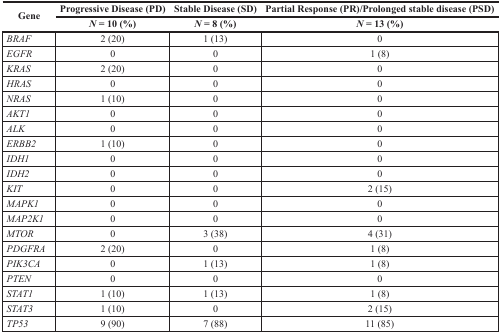
<table><thead><tr><td rowspan="2"><b>Gene</b></td><td><b>Progressive Disease (PD)</b></td><td><b>Stable Disease (SD)</b></td><td><b>Partial Response (PR)/Prolonged stable disease (PSD)</b></td></tr><tr><td><b><i>N</i> = 10 (%)</b></td><td><b><i>N</i> = 8 (%)</b></td><td><b><i>N</i> = 13 (%)</b></td></tr></thead><tbody><tr><td><i>BRAF</i></td><td>2 (20)</td><td>1 (13)</td><td>0</td></tr><tr><td><i>EGFR</i></td><td>0</td><td>0</td><td>1 (8)</td></tr><tr><td><i>KRAS</i></td><td>2 (20)</td><td>0</td><td>0</td></tr><tr><td><i>HRAS</i></td><td>0</td><td>0</td><td>0</td></tr><tr><td><i>NRAS</i></td><td>1 (10)</td><td>0</td><td>0</td></tr><tr><td><i>AKT1</i></td><td>0</td><td>0</td><td>0</td></tr><tr><td><i>ALK</i></td><td>0</td><td>0</td><td>0</td></tr><tr><td><i>ERBB2</i></td><td>1 (10)</td><td>0</td><td>0</td></tr><tr><td><i>IDH1</i></td><td>0</td><td>0</td><td>0</td></tr><tr><td><i>IDH2</i></td><td>0</td><td>0</td><td>0</td></tr><tr><td><i>KIT</i></td><td>0</td><td>0</td><td>2 (15)</td></tr><tr><td><i>MAPK1</i></td><td>0</td><td>0</td><td>0</td></tr><tr><td><i>MAP2K1</i></td><td>0</td><td>0</td><td>0</td></tr><tr><td><i>MTOR</i></td><td>0</td><td>3 (38)</td><td>4 (31)</td></tr><tr><td><i>PDGFRA</i></td><td>2 (20)</td><td>0</td><td>1 (8)</td></tr><tr><td><i>PIK3CA</i></td><td>0</td><td>1 (13)</td><td>1 (8)</td></tr><tr><td><i>PTEN</i></td><td>0</td><td>0</td><td>0</td></tr><tr><td><i>STAT1</i></td><td>1 (10)</td><td>1 (13)</td><td>1 (8)</td></tr><tr><td><i>STAT3</i></td><td>1 (10)</td><td>0</td><td>2 (15)</td></tr><tr><td><i>TP53</i></td><td>9 (90)</td><td>7 (88)</td><td>11 (85)</td></tr></tbody></table>